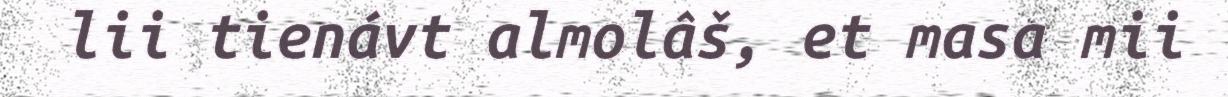
lii tienávt almolâš, et masa mii